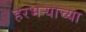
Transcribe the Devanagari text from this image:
हरभऱ्याच्या